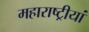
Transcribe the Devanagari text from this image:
महाराष्ट्रीयां